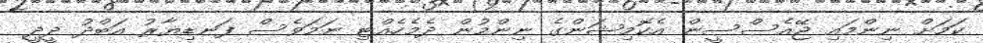
ކަމަށް ނިންމައި ޖޭއެސްސީން އެކޮމިޝަންގެ ނިންމުން ދެމެހެއްޓި ނަމަވެސް ފަނޑިޔާރު އަބްދު ދީދީ